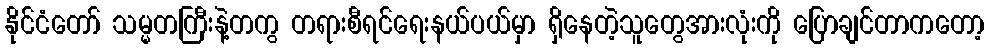
နိုင်ငံတော် သမ္မတကြီးနဲ့တကွ တရားစီရင်ရေးနယ်ပယ်မှာ ရှိနေတဲ့သူတွေအားလုံးကို ပြောချင်တာကတော့